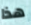
هذا